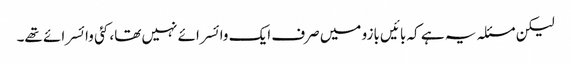
لیکن مسئلہ یہ ہے کہ بائیں بازو میں صرف ایک وائسرائے نہیں تھا، کئی وائسرائے تھے۔